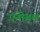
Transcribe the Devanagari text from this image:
एनीबल